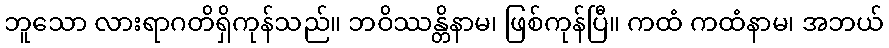
ဘူသော လားရာဂတိရှိကုန်သည်။ ဘဝိဿန္တိနာမ၊ ဖြစ်ကုန်ပြီ။ ကထံ ကထံနာမ၊ အဘယ်